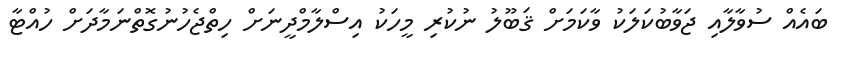
ބައެއް ސުވާލާއި ޖަވާބުކަލަކު ވާކަމަށް ޤަބޫލު ނުކުރި މީހަކު އިސްލާމްދީނަށް ހިތްޖެހުނުގޮތްނަމާދަށް ހުއްޓާ